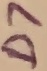
Text: D7